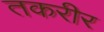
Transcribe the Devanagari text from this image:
तकरीर